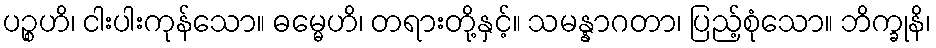
ပဉ္စဟိ၊ ငါးပါးကုန်သော။ ဓမ္မေဟိ၊ တရားတို့နှင့်။ သမန္နာဂတာ၊ ပြည့်စုံသော။ ဘိက္ခုနိ၊